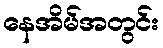
နေအိမ်အတွင်း